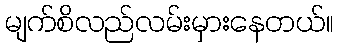
မျက်စိလည်လမ်းမှားနေတယ်။